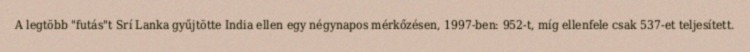
A legtöbb "futás"t Srí Lanka gyűjtötte India ellen egy négynapos mérkőzésen, 1997-ben: 952-t, míg ellenfele csak 537-et teljesített.